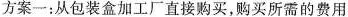
方案一：从包装盒加工厂直接购买，购买所需的费用